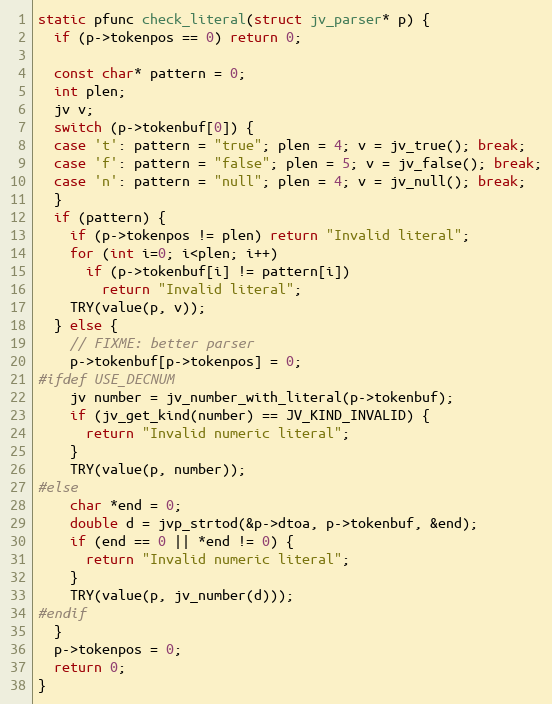
Language: C
static pfunc check_literal(struct jv_parser* p) {
  if (p->tokenpos == 0) return 0;

  const char* pattern = 0;
  int plen;
  jv v;
  switch (p->tokenbuf[0]) {
  case 't': pattern = "true"; plen = 4; v = jv_true(); break;
  case 'f': pattern = "false"; plen = 5; v = jv_false(); break;
  case 'n': pattern = "null"; plen = 4; v = jv_null(); break;
  }
  if (pattern) {
    if (p->tokenpos != plen) return "Invalid literal";
    for (int i=0; i<plen; i++)
      if (p->tokenbuf[i] != pattern[i])
        return "Invalid literal";
    TRY(value(p, v));
  } else {
    // FIXME: better parser
    p->tokenbuf[p->tokenpos] = 0;
#ifdef USE_DECNUM
    jv number = jv_number_with_literal(p->tokenbuf);
    if (jv_get_kind(number) == JV_KIND_INVALID) {
      return "Invalid numeric literal";
    }
    TRY(value(p, number));
#else
    char *end = 0;
    double d = jvp_strtod(&p->dtoa, p->tokenbuf, &end);
    if (end == 0 || *end != 0) {
      return "Invalid numeric literal";
    }
    TRY(value(p, jv_number(d)));
#endif
  }
  p->tokenpos = 0;
  return 0;
}